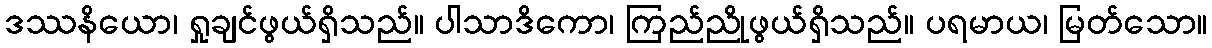
ဒဿနိယော၊ ရှုချင်ဖွယ်ရှိသည်။ ပါသာဒိကော၊ ကြည်ညိုဖွယ်ရှိသည်။ ပရမာယ၊ မြတ်သော။